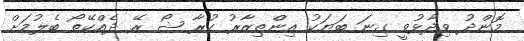
މޮންދު ވިދާޅުވީ ގިނަ ބަޔަކު އިންތިޒާރު ކުރާ ޝޯ ރޭ ދެއްކޭތޯ ބެލުމަށް